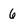
Character: 6